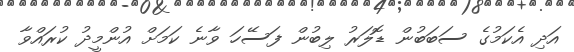
އަދި އެކަމުގެ ސަބަބުން ޑޮލަރު ލިބުން ފަސޭހަ ވާނެ ކަމަށް އުންމީދު ކުރައްވާ